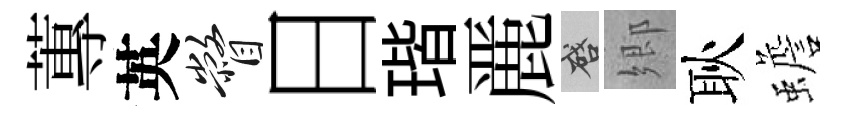
蓴英瞥日瑎䴡啓郷耿蟾